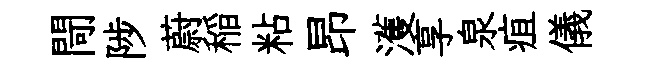
閜陟蔚稲粘昂濩享泉疽儀